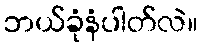
ဘယ်ခုံနံပါတ်လဲ။